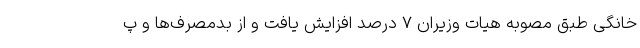
خانگی طبق مصوبه هیات وزیران ۷ درصد افزایش یافت و از بدمصرف‌ها و پ